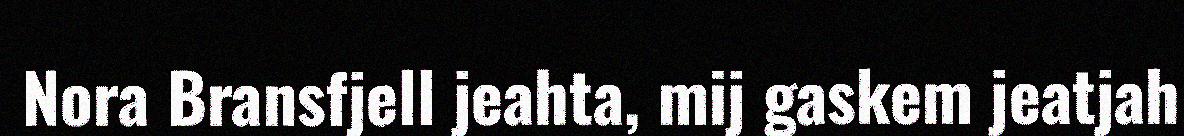
Nora Bransfjell jeahta, mij gaskem jeatjah